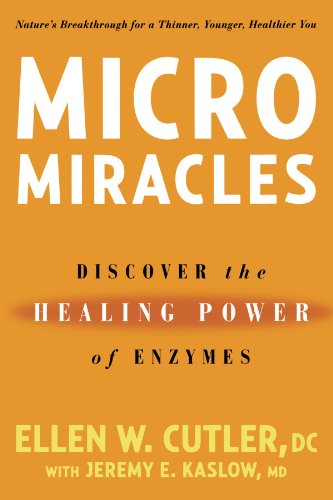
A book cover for Micro Miracles: Discover the Healing Power of Enzymes; Ellen W. Cutler; Health, Fitness & Dieting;